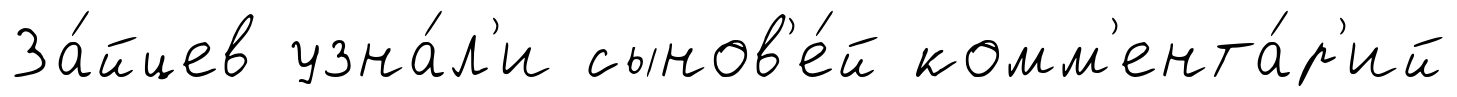
За́йцев узна́л'и сынов'е́й комм'ента́р'ий